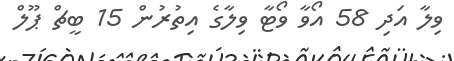
ވިލާ އަދި 58 އޯވާ ވޯޓާ ވިލާގެ އިތުރުން 15 ބީޗް ޕޫލް